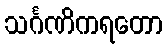
သင်္ဂဏိကရတော